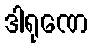
ဒါရုဏေ